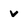
Character: v